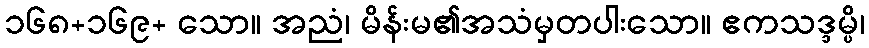
၁၆၈+၁၆၉+ သော။ အညံ၊ မိန်းမ၏အသံမှတပါးသော။ ဧကသဒ္ဒမ္ပိ၊